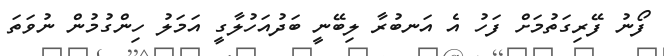
ފޯނު ފޭރިގަތުމަށް ފަހު އެ އަނބުރާ ލިބޭނީ ބަދުއަހުލާގީ އަމަލު ހިންގުމުން ނުވަތަ